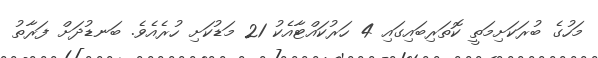
މަހުގެ ބުރަކަށިމަތީ ކޮތަރިބައިގައި 4 ހަރުކައްޓާއެކު 21 މަޑުކަށި ހުރެއެވެ. ބަނޑުދަށް ފަރާތު